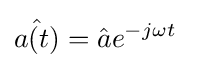
{\hat {a(t)}}={\hat {a}}e^{-j\omega t}\